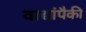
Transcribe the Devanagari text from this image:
वाद्यांपैकी